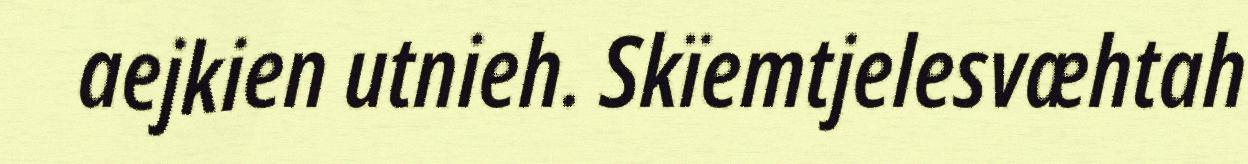
aejkien utnieh. Skïemtjelesvæhtah